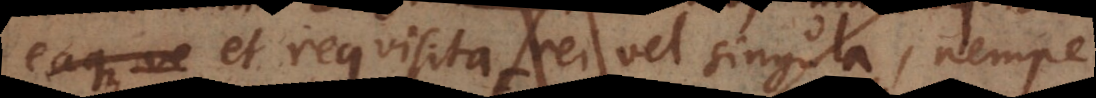
eaque ve, et requisita rei vel singula, nempe